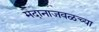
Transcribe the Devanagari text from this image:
मैदानाजवळच्या